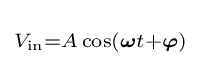
\scriptstyle V_{\mathrm {in} }=A\cos({\boldsymbol {\omega }}t+{\boldsymbol {\varphi }})